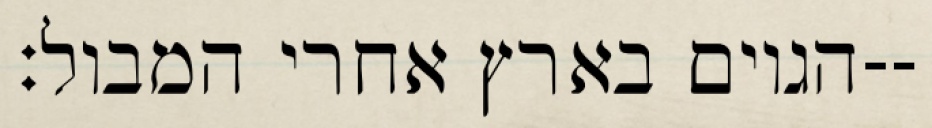
הגוים בארץ אחרי המבול׃--